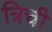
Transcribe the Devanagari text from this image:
त्रिची